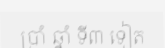
ប្រាំ ឆ្នាំ ទី៣ ទៀត